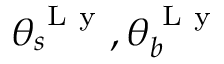
\theta _ { s } ^ { \mathrm { ~ L ~ y ~ } } , \theta _ { b } ^ { \mathrm { ~ L ~ y ~ } }